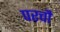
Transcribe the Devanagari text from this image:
परचौ